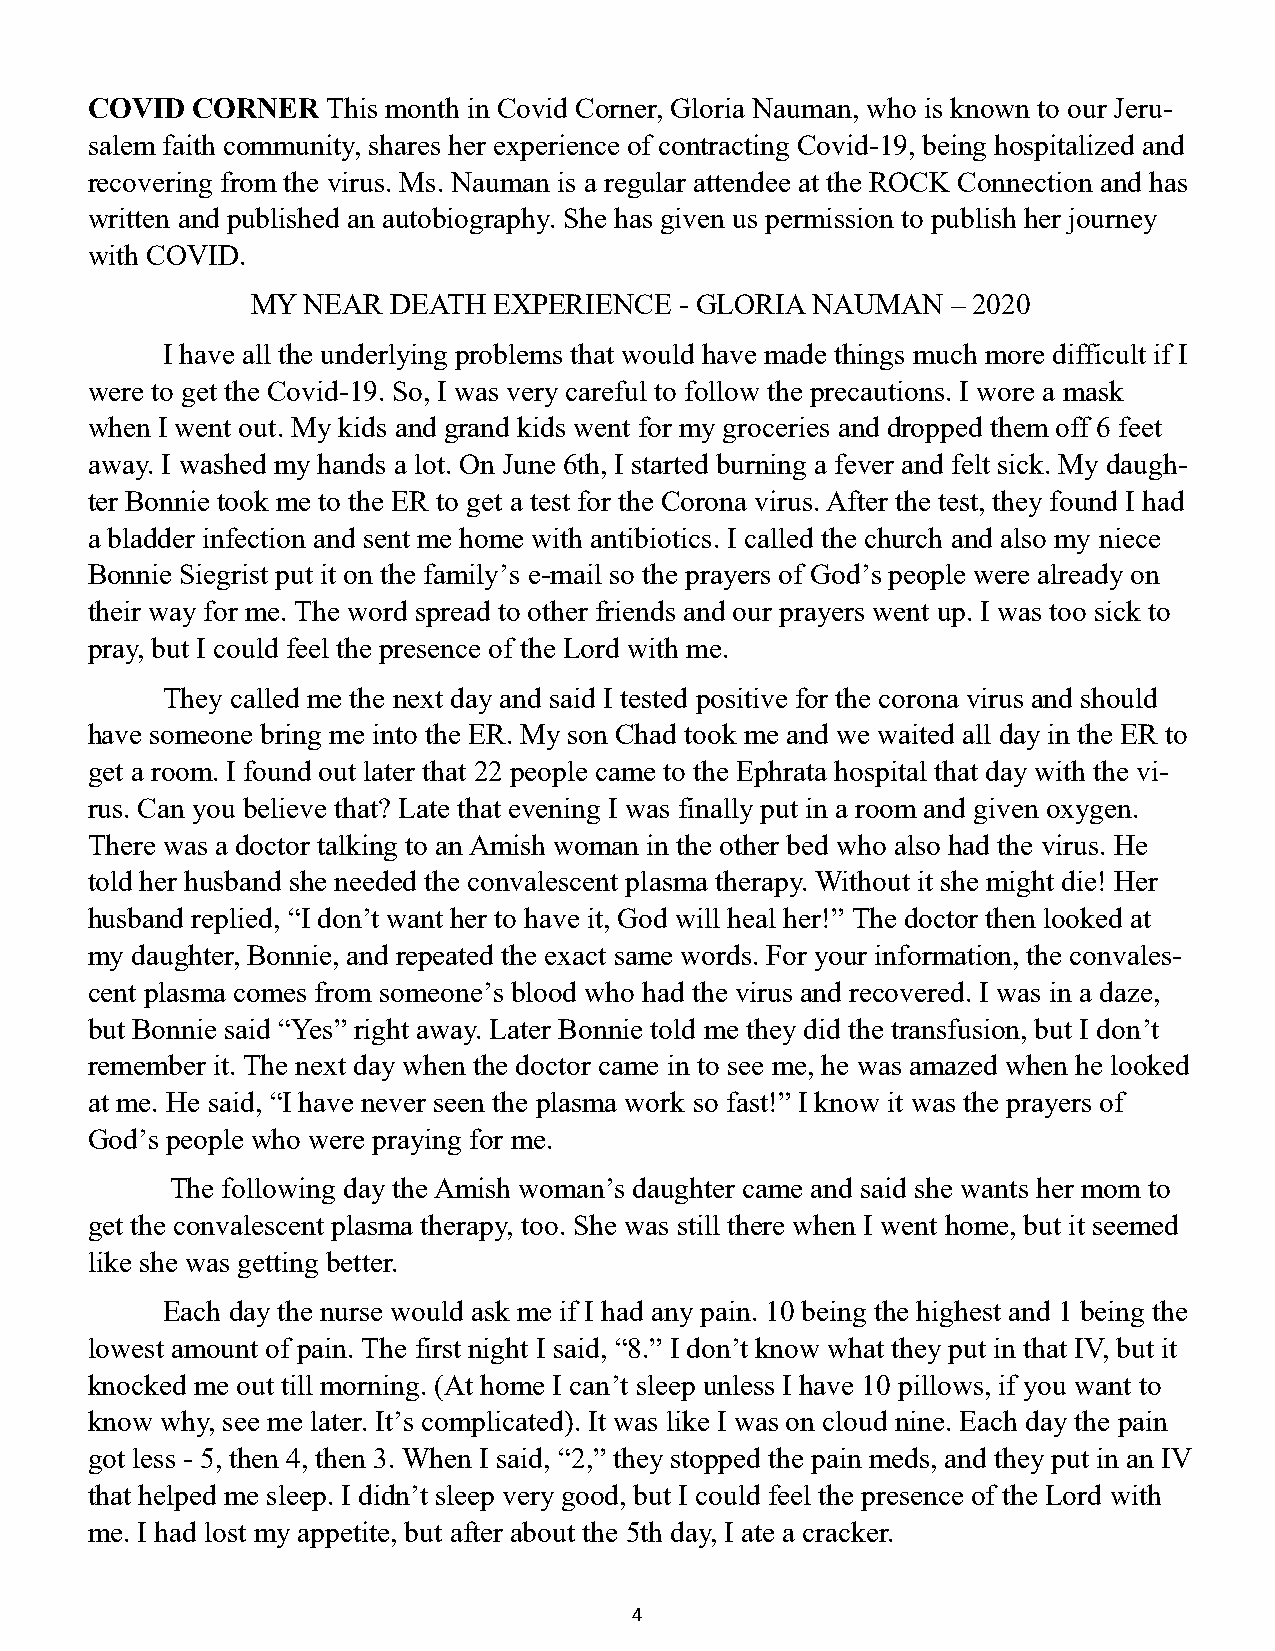
COVID  CORNER   This month in Covid Corner, Gloria Nauman, who is known to our Jeru-
 salem faith community, shares her experience of contracting Covid-19, being hospitalized and
 recovering from the virus. Ms. Nauman is a regular attendee at the ROCK Connection and has
 written and published an autobiography. She has given us permission to publish her journey
 with COVID.
 MY NEAR  DEATH  EXPERIENCE  - GLORIA NAUMAN   – 2020
 I have all the underlying problems that would have made things much more difficult if I
 were to get the Covid-19. So, I was very careful to follow the precautions. I wore a mask
 when I went out. My kids and grand kids went for my groceries and dropped them off 6 feet
 away. I washed my hands a lot. On June 6th, I started burning a fever and felt sick. My daugh-
 ter Bonnie took me to the ER to get a test for the Corona virus. After the test, they found I had
 a bladder infection and sent me home with antibiotics. I called the church and also my niece
 Bonnie Siegrist put it on the family’s e-mail so the prayers of God’s people were already on
 their way for me. The word spread to other friends and our prayers went up. I was too sick to
 All Saints’
 pray, but I could feel the presence of the Lord with me.
 Sunday:
 They called me the next day and said I tested positive for the corona virus and should
 have someone bring me into the ER. MSy UsonN CDhadA toYok, me and we waited all day in the ER to
 get a room. I found out later that 22 people came to the Ephrata hospital that day with the vi-
 NOVEMBER
 rus. Can you believe that? Late that evening I was finally put in a room and given oxygen.
 There was a doctor talking to an Amish womanr idn the other bed who also had the virus. He
 3
 told her husband she needed the convalescent plasma therapy. Without it she might die! Her
 husband replied, “I don’t want her to have it, God will heal her!” The doctor then looked at
 my daughter, Bonnie, and repeated the exact same words. For your information, the convales-
 cent plasma comes from someone’s blood who had the virus and recovered. I was in a daze,
 but Bonnie said “Yes” right away. Later Bonnie told me they did the transfusion, but I don’t
 remember it. The next day when the doctor came in to see me, he was amazed when he looked
 at me. He said, “I have never seen the plasma work so fast!” I know it was the prayers of
 God’s people who were praying for me.
 The following day the Amish woman’s daughter came and said she wants her mom to
 get the convalescent plasma therapy, too. She was still there when I went home, but it seemed
 like she was getting better.
 Each day the nurse would ask me if I had any pain. 10 being the highest and 1 being the
 lowest amount of pain. The first night I said, “8.” I don’t know what they put in that IV, but it
 knocked me out till morning. (At home I can’t sleep unless I have 10 pillows, if you want to
 know why, see me later. It’s complicated). It was like I was on cloud nine. Each day the pain
 got less - 5, then 4, then 3. When I said, “2,” they stopped the pain meds, and they put in an IV
 that helped me sleep. I didn’t sleep very good, but I could feel the presence of the Lord with
 me. I had lost my appetite, but after about the 5th day, I ate a cracker.
 4